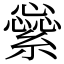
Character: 繠